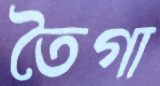
তৈগা